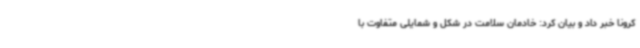
کرونا خبر داد و بیان کرد: خادمان سلامت در شکل و شمایلی متفاوت با